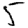
Digit: 5